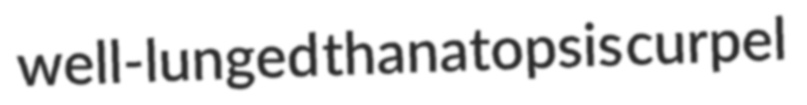
well-lunged thanatopsis curpel